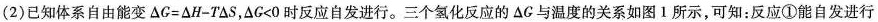
(2)已知体系自由能变$$\Delta G=\Delta H-T \Delta S$$, $$\Delta G<0$$时反应自发进行。三个氢化反应的\Delta G与温度的关系如图1所示，可知：反应①能自发进行